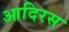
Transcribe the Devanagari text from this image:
आदिरस